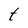
Character: t